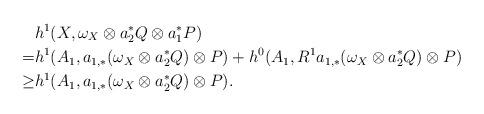
LaTeX: \begin{align*}& h^1(X,\omega_X\otimes a_2^*Q\otimes a_1^*P) \\=& h^1(A_1,a_{1,*}(\omega_X\otimes a_2^*Q)\otimes P)+h^0(A_1,R^1a_{1,*}(\omega_X\otimes a_2^*Q)\otimes P) \\\ge & h^1(A_1,a_{1,*}(\omega_X\otimes a_2^*Q)\otimes P).\end{align*}